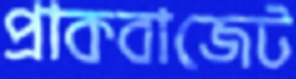
প্রাকবাজেট